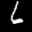
Label: 6